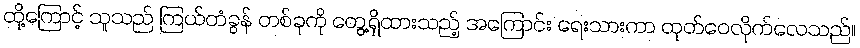
ထို့ကြောင့် သူသည် ကြယ်တံခွန် တစ်ခုကို တွေ့ရှိထားသည့် အကြောင်း ရေးသားကာ ထုတ်ဝေလိုက်လေသည်။